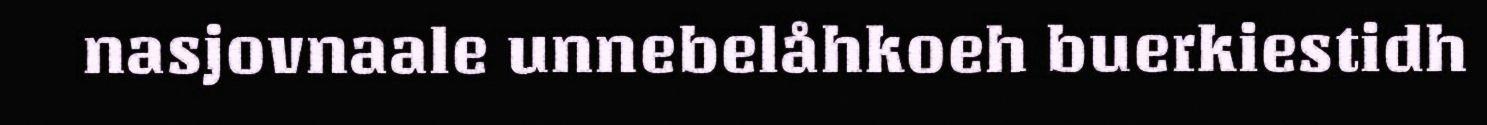
nasjovnaale unnebelåhkoeh buerkiestidh